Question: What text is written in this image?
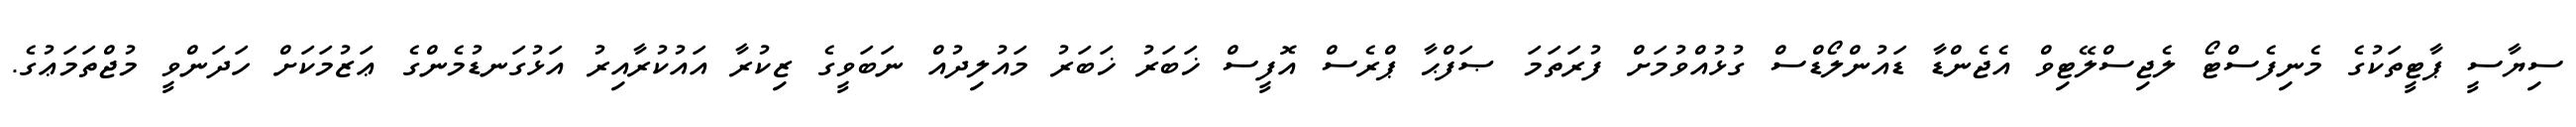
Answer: ސިޔާސީ ޕާޓީތަކުގެ މެނިފެސްޓޯ ލެޖިސްލޭޓިވް އެޖެންޑާ ޑައުންލޯޑްސް ގުޅުއްވުމަށް ފުރަތަމަ ޞަފްޙާ ޕްރެސް އޮފީސް ޚަބަރު ޚަބަރު މައުލިދުއް ނަބަވީގެ ޒިކުރާ އައުކުރާއިރު އަޅުގަނޑުމެންގެ ޢަޒުމަކަށް ހަދަންވީ މުޖްތަމަޢުގެ.